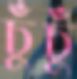
চুঁচুঁ